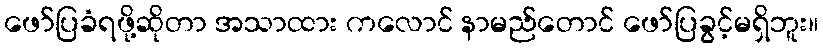
ဖော်ပြခံရဖို့ဆိုတာ အသာထား ကလောင် နာမည်တောင် ဖော်ပြခွင့်မရှိဘူး။